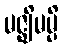
မဇ္ဈိမမ္ပိ